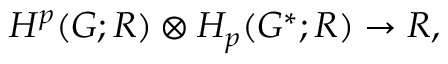
H ^ { p } ( { \cal G } ; R ) \otimes H _ { p } ( { \cal G } ^ { * } ; R ) \rightarrow R ,